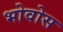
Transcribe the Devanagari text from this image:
भोवोस